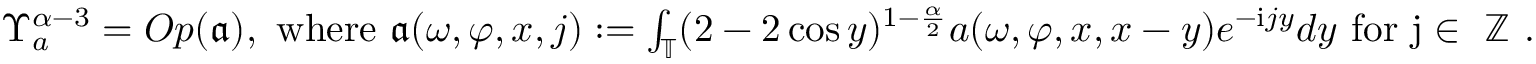
\begin{array} { r } { \Upsilon _ { a } ^ { \alpha - 3 } = O p ( \mathfrak { a } ) , \mathrm { ~ w h e r e ~ } \mathfrak { a } ( \omega , \varphi , x , j ) : = \int _ { \mathbb { T } } ( 2 - 2 \cos y ) ^ { 1 - \frac { \alpha } 2 } a ( \omega , \varphi , x , x - y ) e ^ { - \mathrm { i } j y } d y \mathrm { ~ f o r ~ j \in ~ \mathbb { Z } ~ } . } \end{array}